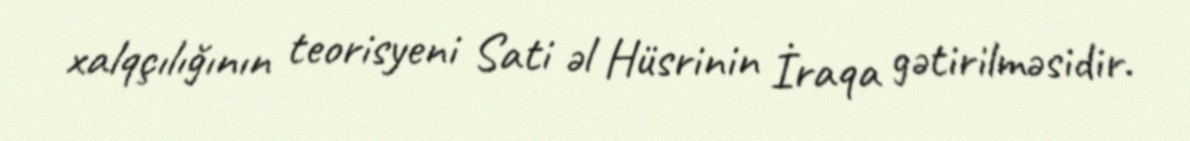
xalqçılığının teorisyeni Sati əl Hüsrinin İraqa gətirilməsidir.